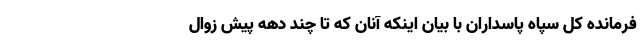
فرمانده کل سپاه پاسداران با بیان اینکه آنان که تا چند دهه پیش زوال